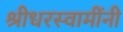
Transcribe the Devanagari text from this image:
श्रीधरस्वामींनी